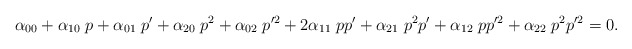
\begin{align*}\alpha_{00} + \alpha_{10} \; p + \alpha_{01} \; p'+ \alpha_{20} \; p^2 + \alpha_{02} \; p'^2 + 2 \alpha_{11} \; p p'+ \alpha_{21} \; p^2 p' + \alpha_{12} \; p p'^2+ \alpha_{22} \; p^2 p'^2 =0 .\end{align*}